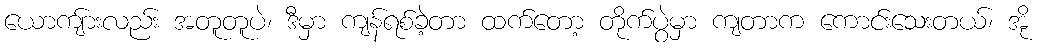
ယောကျ်ားလည်း အတူတူပဲ၊ ဒီမှာ ကျန်ရစ်ခဲ့တာ ထက်တော့ တိုက်ပွဲမှာ ကျတာက ကောင်းသေးတယ်၊ အို